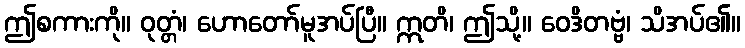
ဤစကားကို။ ဝုတ္တံ၊ ဟောတော်မူအပ်ပြီ။ ဣတိ၊ ဤသို့။ ဝေဒိတဗ္ဗံ၊ သိအပ်၏။